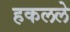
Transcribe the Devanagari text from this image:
हकलले